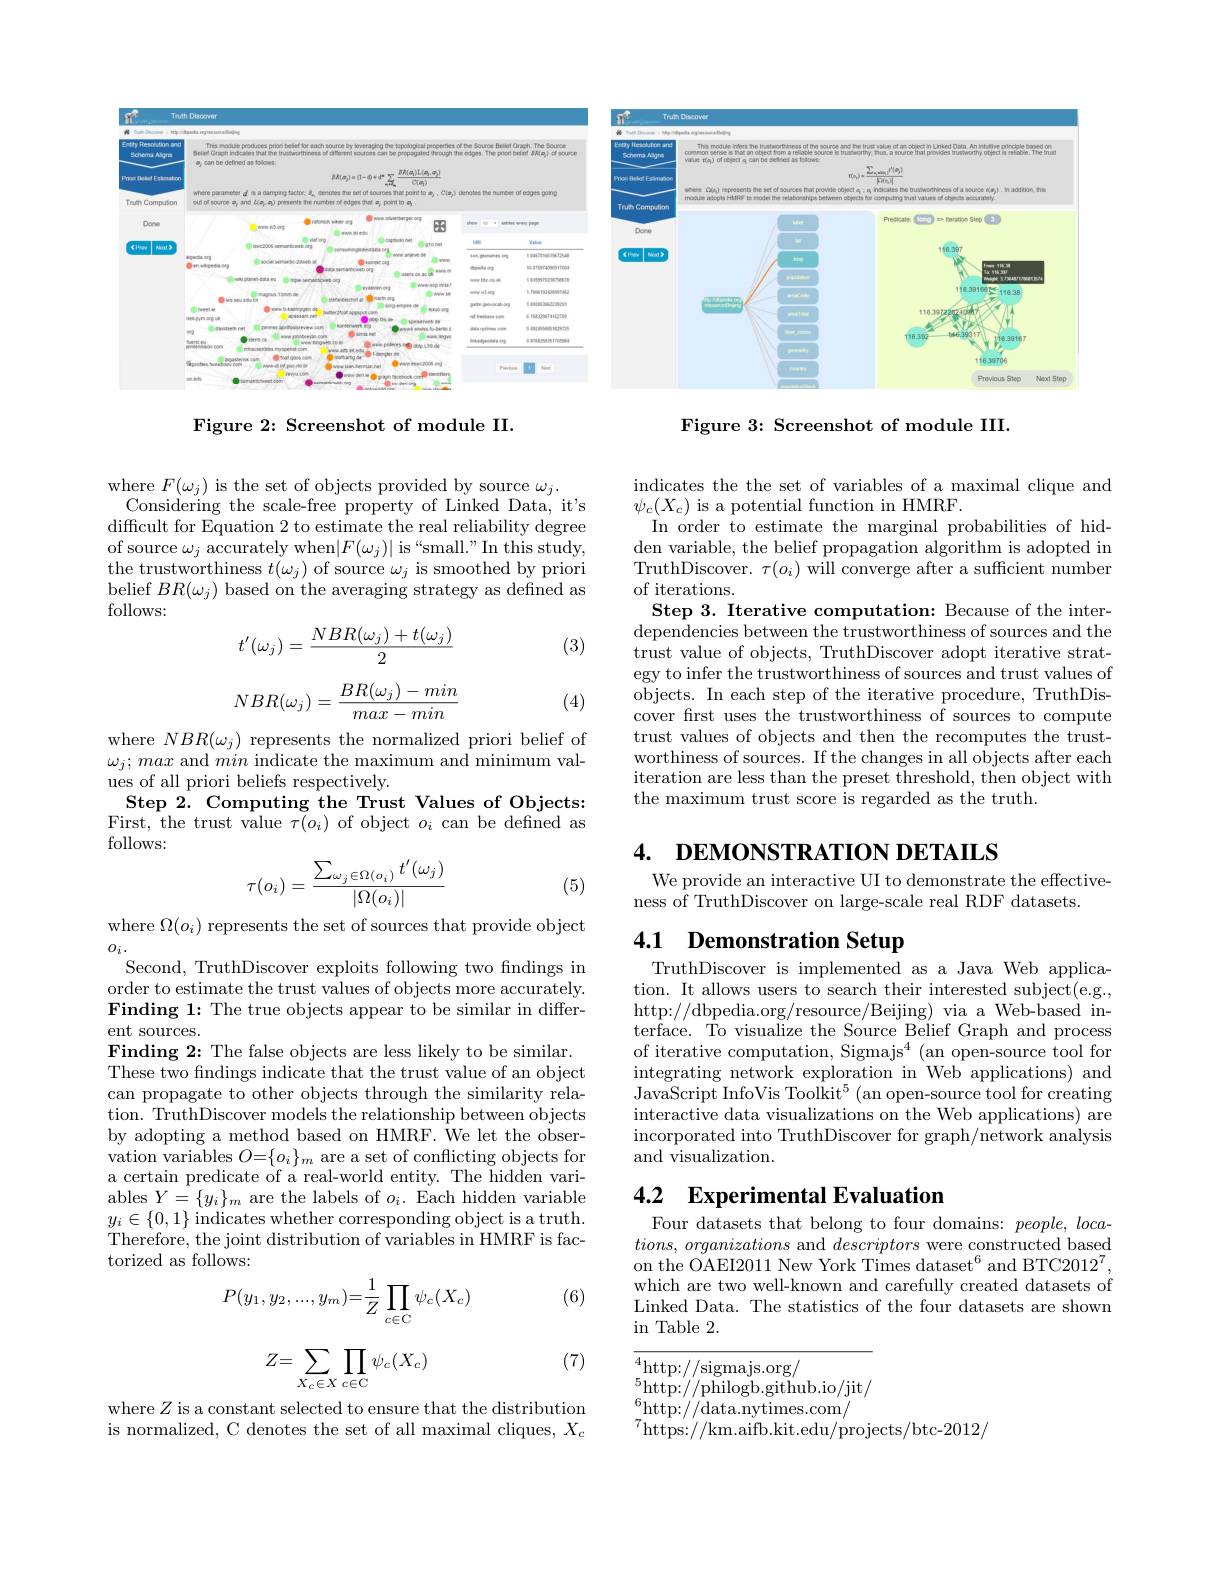
<FigureHere>

Figure 2: Screenshot of module II.

where $F(\omega_{j})$ is the set of objects provided by source $\omega_{j}.$
Considering the scale-free property of Linked Data, it's difficult for Equation 2 to estimate the real reliability degree of source $\omega_j$ accurately when$|F(\omega_j)|$ is “small.”In this study, the trustworthiness $t(\omega_j)$ of source $\omega_j$ is smoothed by priori belief $BR(\omega_j)$ based on the averaging strategy as defined as follows:
$$t'(\omega_j)=\frac{NBR(\omega_j)+t(\omega_j)}{2}$$
(3)
$$NBR(\omega_j)=\frac{BR(\omega_j)-min}{max-min}$$
(4)

$\begin{array}{l}\mathrm{where~}NBR(\omega_j)\text{ represents the normalized priori belief of}\\\omega_j;max\text{ and }min\text{ indicate the maximum and minimum val-}\end{array}$
ues of all priori beliefs respectively.
Step 2. Computing the Trust Values of Objects: First, the trust value $\tau(o_{i})$ of object $o_{i}$ can be defined as follows:
$$\tau(o_i)=\frac{\sum_{\omega_j\in\Omega(o_i)}t'(\omega_j)}{|\Omega(o_i)|}$$
(5)

where $\Omega(o_i)$ represents the set of sources that provide object
$O_{i}.$
Second, TruthDiscover exploits following two fndings in order to estimate the trust values of objects more accurately. Finding 1: The true objects appear to be similar in different sources.
Finding 2: The false objects are less likely to be similar. These two findings indicate that the trust value of an object can propagate to other objects through the similarity relation. TruthDiscover models the relationship between objects by adopting a method based on HMRF. We let the observation variables $O=\{o_{i}\}_{m}$ are a set of conflicting objects for a certain predicate of a real-world entity. The hidden variables $Y=\{y_i\}_m$ are the labels of $o_i.$ Each hidden variable $y_{i}\in\{0,1\}$ indicates whether corresponding object is a truth. Therefore, the joint distribution of variables in HMRF is factorized as follows:
$$P(y_1,y_2,...,y_m)=\frac{1}{Z}\prod_{c\in\mathrm{C}}\psi_c(X_c)$$
(6)
$$Z=\sum_{X_c\in X}\prod_{c\in\mathrm{C}}\psi_c(X_c)$$
(7)

where $Z$ is a constant selected to ensure that the distribution is normalized, C denotes the set of all maximal cliques, $X_c$

<FigureHere>

Figure 3: Screenshot of module III.

indicates the the set of variables of a maximal clique and
$\psi_{c}(X_{c})$ is a potential function in HMRF.
In order to estimate the marginal probabilities of hidden variable, the belief propagation algorithm is adopted in TruthDiscover. $\tau(o_{i})$ will converge after a sufficient number of iterations.
Step 3. Iterative computation: Because of the interdependencies between the trustworthiness of sources and the trust value of objects, TruthDiscover adopt iterative strategy to infer the trustworthiness of sources and trust values of objects. In each step of the iterative procedure, TruthDiscover first uses the trustworthiness of sources to compute trust values of objects and then the recomputes the trustworthiness of sources. If the changes in all objects after each iteration are less than the preset threshold, then object with the maximum trust score is regarded as the truth.

4. DEMONSTRATION DETAILS

We provide an interactive UI to demonstrate the effective-
ness of TruthDiscover on large-scale real RDF datasets.

# 4.1 Demonstration Setup

TruthDiscover is implemented as a Java Web application. It allows users to search their interested subject(e.g., http://dbpedia.org/resource/Beijing) via a Web-based interface. To visualize the Source Belief Graph and process of iterative computation, Sigmajs$^4$ (an open-source tool for integrating network exploration in Web applications) and JavaScript InfoVis Toolkit$^5$ (an open-source tool for creating interactive data visualizations on the Web applications) are incorporated into TruthDiscover for graph/network analysis and visualization.

# 4.2 Experimental Evaluation

Four datasets that belong to four domains: people, loca- $tions, \textit{ organizations and descriptors were constructed based}$ on the OAEI2011 New York Times dataset$^6$ and BTC2012$^7$, which are two well-known and carefully created datasets of Linked Data. The statistics of the four datasets are shown $\operatorname{in}$ Table 2.

$\begin{array}{l}{{\overline{4}\text{http://sigmajs.org/}}}\\{{5}\text{http://philogb.github.io/jit/}}\end{array}$
$\overset{6}{\operatorname*{\operatorname*{http:}}}//$data.nytimes.com/
$^{7}$https://km.aifb.kit.edu/projects/btc-2012/